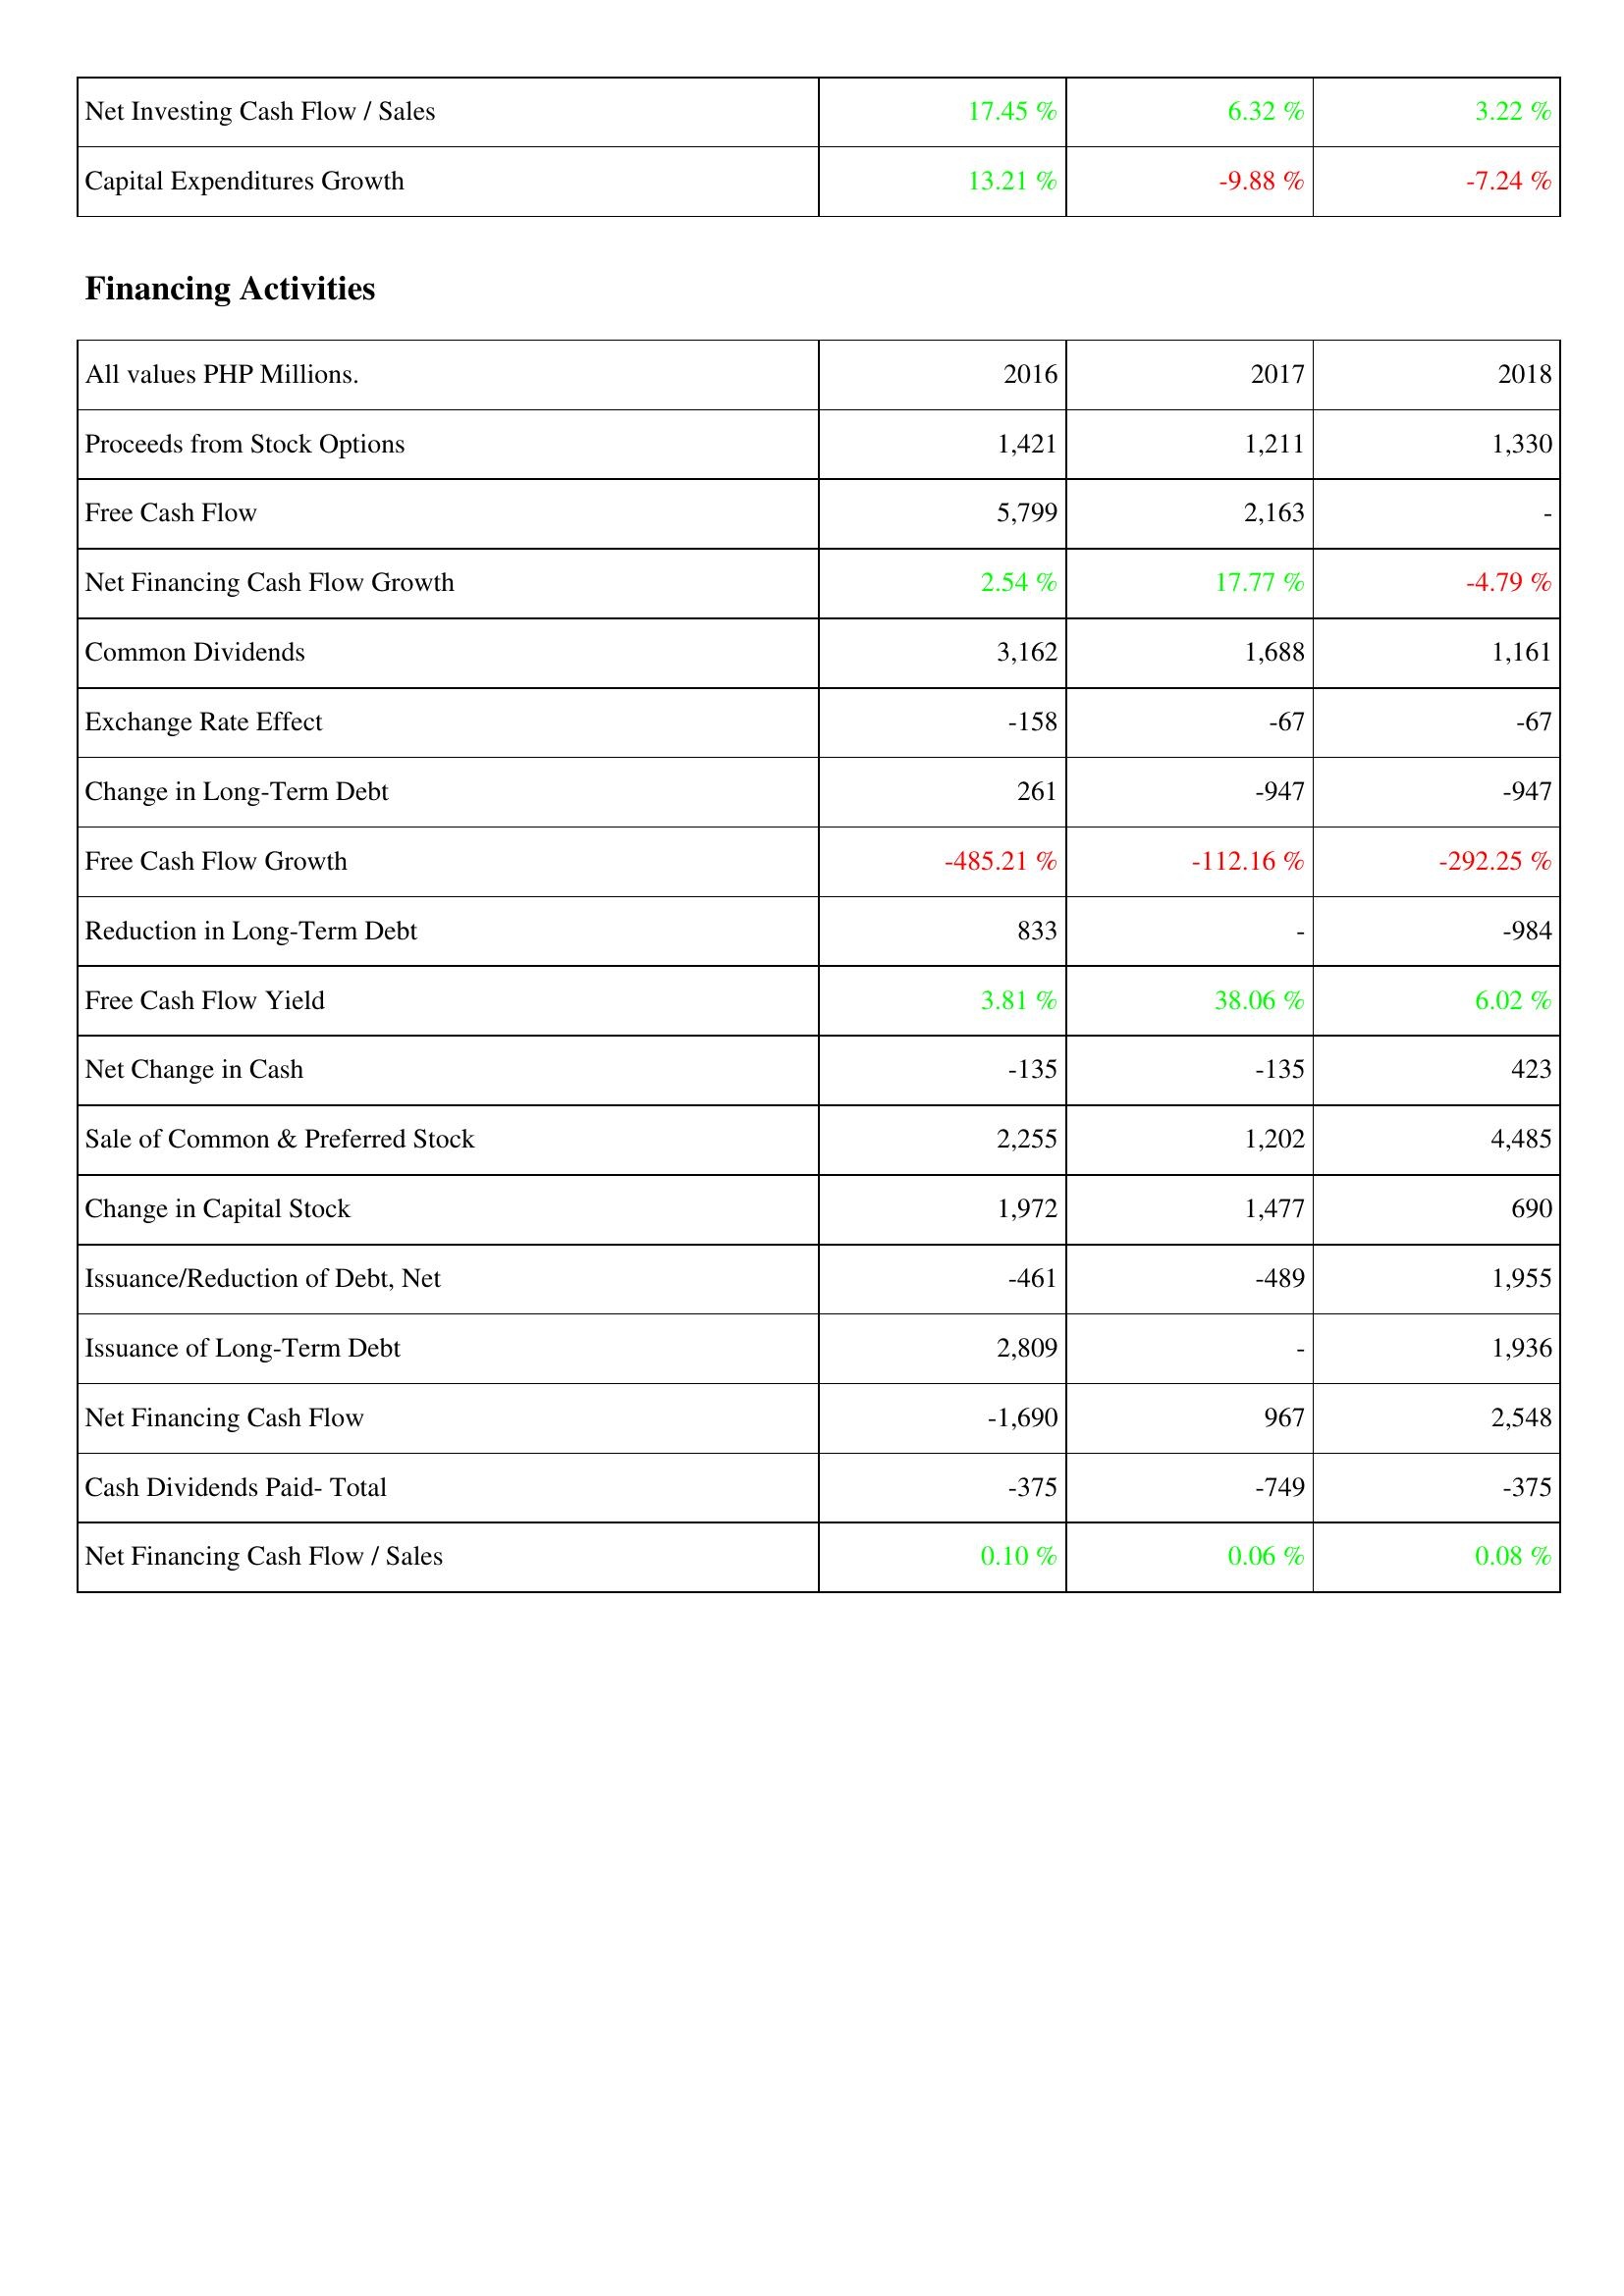
2016: Investing Activities: Net Investing Cash Flow / Sales: 17.45 %
Capital Expenditures Growth: 13.21 %
Financing Activities: Proceeds from Stock Options: 1,421
Free Cash Flow: 5,799
Net Financing Cash Flow Growth: 2.54 %
Common Dividends: 3,162
Exchange Rate Effect: -158
Change in Long-Term Debt: 261
Free Cash Flow Growth: -485.21 %
Reduction in Long-Term Debt: 833
Free Cash Flow Yield: 3.81 %
Net Change in Cash: -135
Sale of Common & Preferred Stock: 2,255
Change in Capital Stock: 1,972
Issuance/Reduction of Debt, Net: -461
Issuance of Long-Term Debt: 2,809
Net Financing Cash Flow: -1,690
Cash Dividends Paid- Total: -375
Net Financing Cash Flow / Sales: 0.10 %
2017: Investing Activities: Net Investing Cash Flow / Sales: 6.32 %
Capital Expenditures Growth: -9.88 %
Financing Activities: Proceeds from Stock Options: 1,211
Free Cash Flow: 2,163
Net Financing Cash Flow Growth: 17.77 %
Common Dividends: 1,688
Exchange Rate Effect: -67
Change in Long-Term Debt: -947
Free Cash Flow Growth: -112.16 %
Reduction in Long-Term Debt: -
Free Cash Flow Yield: 38.06 %
Net Change in Cash: -135
Sale of Common & Preferred Stock: 1,202
Change in Capital Stock: 1,477
Issuance/Reduction of Debt, Net: -489
Issuance of Long-Term Debt: -
Net Financing Cash Flow: 967
Cash Dividends Paid- Total: -749
Net Financing Cash Flow / Sales: 0.06 %
2018: Investing Activities: Net Investing Cash Flow / Sales: 3.22 %
Capital Expenditures Growth: -7.24 %
Financing Activities: Proceeds from Stock Options: 1,330
Free Cash Flow: -
Net Financing Cash Flow Growth: -4.79 %
Common Dividends: 1,161
Exchange Rate Effect: -67
Change in Long-Term Debt: -947
Free Cash Flow Growth: -292.25 %
Reduction in Long-Term Debt: -984
Free Cash Flow Yield: 6.02 %
Net Change in Cash: 423
Sale of Common & Preferred Stock: 4,485
Change in Capital Stock: 690
Issuance/Reduction of Debt, Net: 1,955
Issuance of Long-Term Debt: 1,936
Net Financing Cash Flow: 2,548
Cash Dividends Paid- Total: -375
Net Financing Cash Flow / Sales: 0.08 %